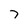
Character: 7